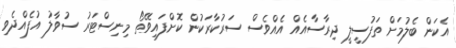
އެކަން ބެލުމަށް ތަފުސީލީ ދިރާސާއެއް އެއްވެސް ސަރުކާރަކުން ކޮށްފައިވޭތޯ މިނިސްޓަރު ސުވާލު އުފެއްދެވި